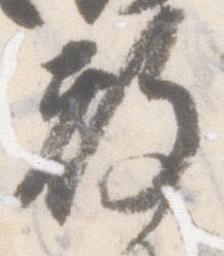
教